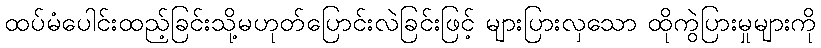
ထပ်မံပေါင်းထည့်ခြင်းသို့မဟုတ်ပြောင်းလဲခြင်းဖြင့် များပြားလှသော ထိုကွဲပြားမှုများကို